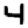
Digit: 4